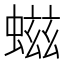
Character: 螆